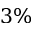
3 \%